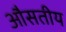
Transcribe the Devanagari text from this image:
औसतीय